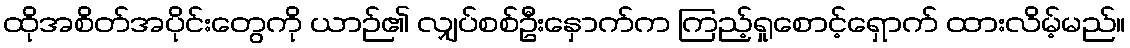
ထိုအစိတ်အပိုင်းတွေကို ယာဉ်၏ လျှပ်စစ်ဦးနှောက်က ကြည့်ရှုစောင့်ရှောက် ထားလိမ့်မည်။